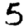
Digit: 5